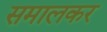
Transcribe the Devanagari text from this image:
समालकर